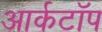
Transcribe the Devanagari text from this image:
आर्कटॉप